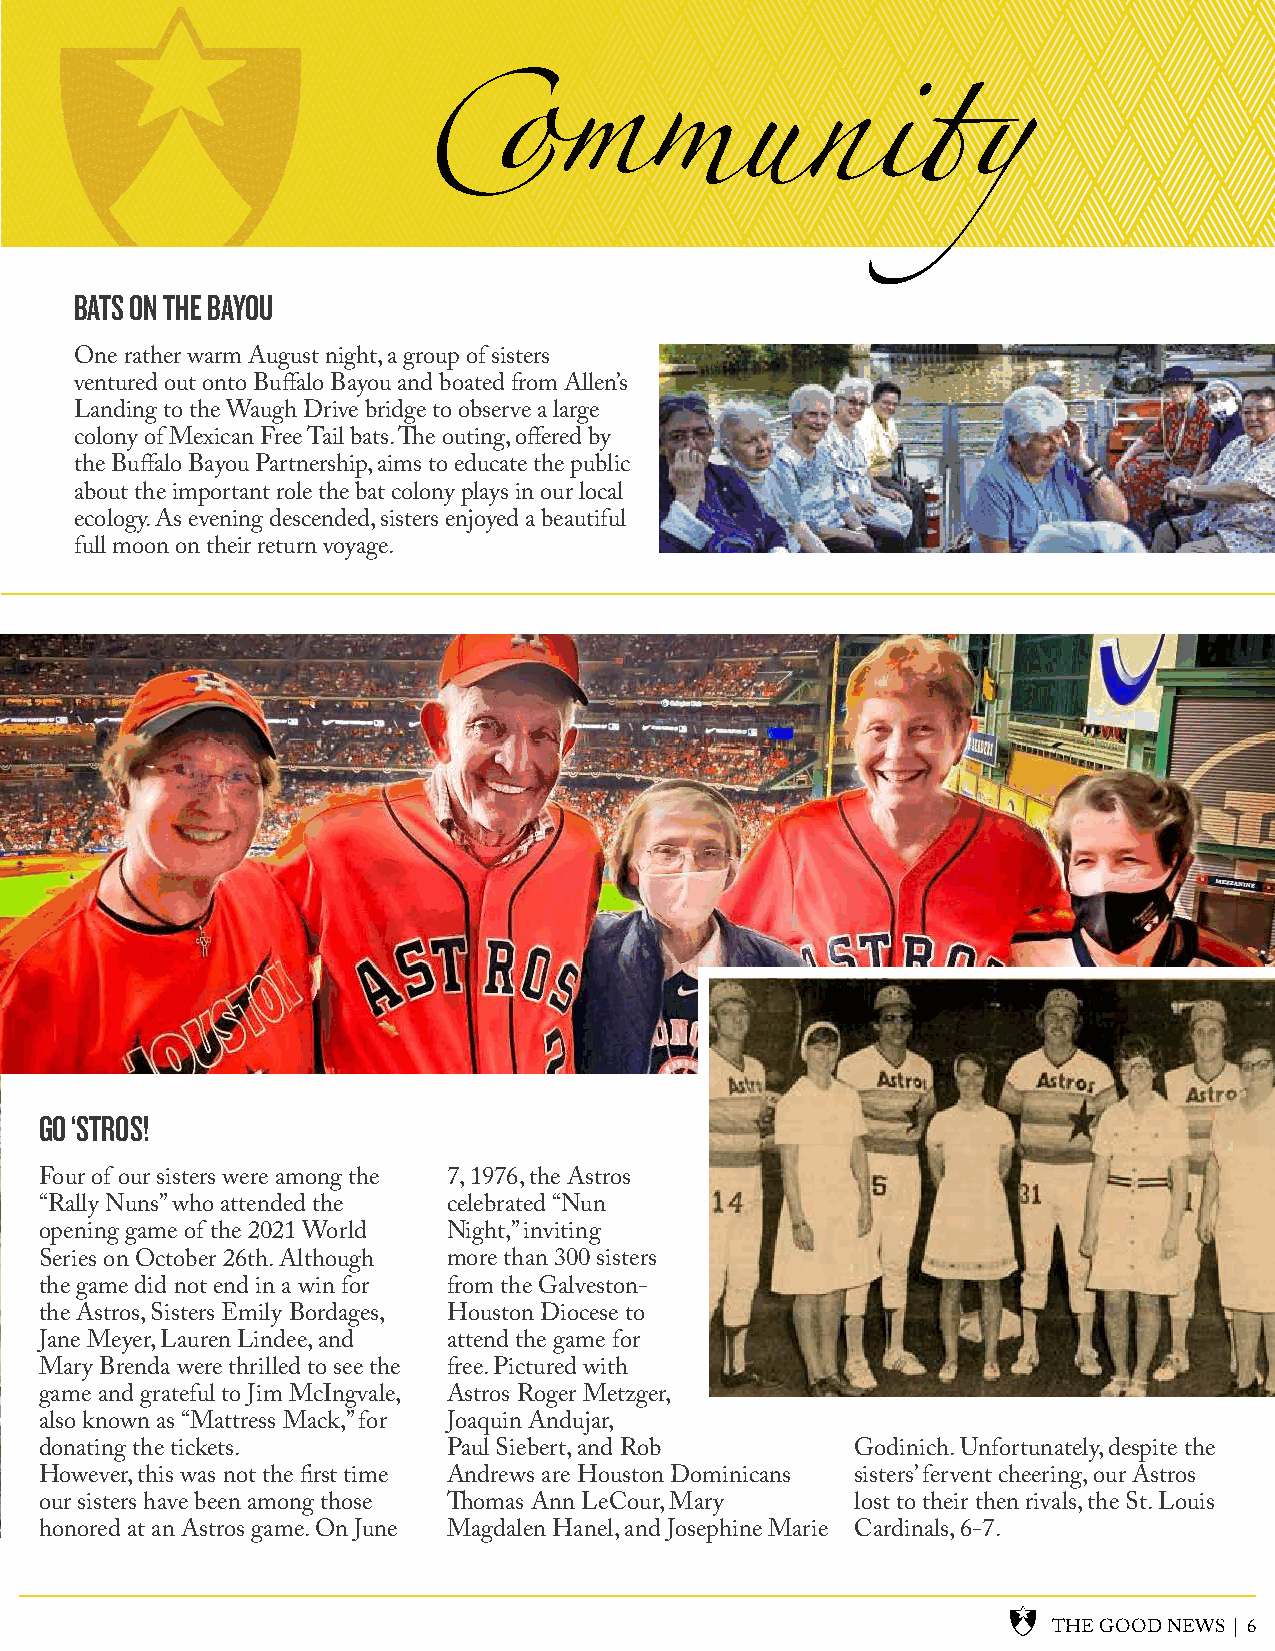
BATS ON THE BAYOU
 One rather warm August night, a group of sisters
 ventured out onto Buffalo Bayou and boated from Allen’s
 Landing to the Waugh Drive bridge to observe a large
 colony of Mexican Free Tail bats. The outing, offered by
 the Buffalo Bayou Partnership, aims to educate the public
 about the important role the bat colony plays in our local
 ecology. As evening descended, sisters enjoyed a beautiful
 full moon on their return voyage.
 GO ‘STROS!
 Four of our sisters were among the 7, 1976, the Astros
 “Rally Nuns” who attended the celebrated “Nun
 opening game of the 2021 World Night,” inviting
 Series on October 26th. Although more than 300 sisters
 the game did not end in a win for from the Galveston-
 the Astros, Sisters Emily Bordages, Houston Diocese to
 Jane Meyer, Lauren Lindee, and attend the game for
 Mary Brenda were thrilled to see the free. Pictured with
 game and grateful to Jim McIngvale, Astros Roger Metzger,
 also known as “Mattress Mack,” for Joaquin Andujar,
 donating the tickets.      Paul Siebert, and Rob      Godinich. Unfortunately, despite the
 However, this was not the first time Andrews are Houston Dominicans sisters’ fervent cheering, our Astros
 our sisters have been among those Thomas Ann LeCour, Mary lost to their then rivals, the St. Louis
 honored at an Astros game. On June Magdalen Hanel, and Josephine Marie Cardinals, 6-7.
 THE GOOD NEWS | 6